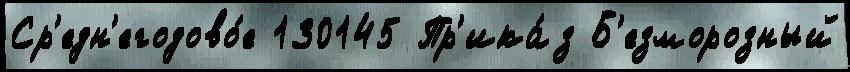
Ср'едн'егодово́е 130145 Пр'ика́з Б'езморозный